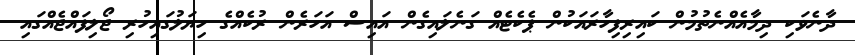
ދާނެވަކި ދިމާއެއްނެތުމުން ކައިރިފިހާރައަކުން ޕެކެޓެއް ގަނެލައިގެން އައިސް އަހަރެން ރުކެއްގެ ހިޔަލުގައިހުރި ޖޯލިފައްޖެއްގައި